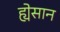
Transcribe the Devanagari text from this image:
ह्येसान